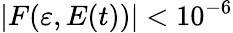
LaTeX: |F(\varepsilon,E(t))|<10^{-6}